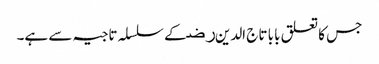
جس کا تعلق بابا تاج الدین ﺭﺿ کے سلسلہ تاجیہ سے ہے۔